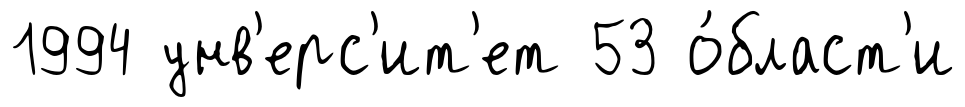
1994 унв'ерс'ит'ет 53 о́бласт'и